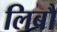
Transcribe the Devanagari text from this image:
लिबौ